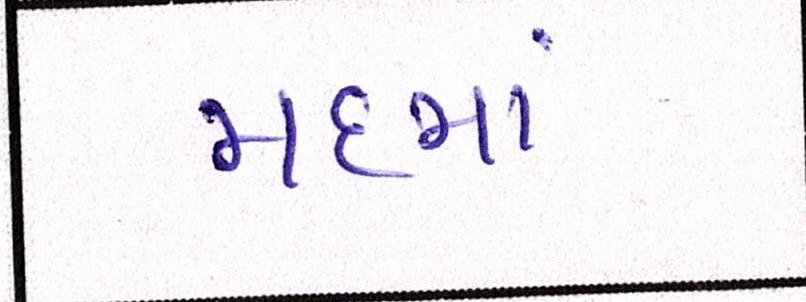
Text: મદમાં